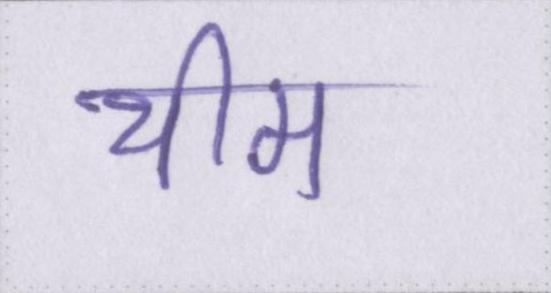
थीम